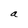
Character: a